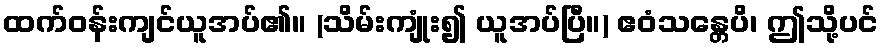
ထက်ဝန်းကျင်ယူအပ်၏။ (သိမ်းကျုံး၍ ယူအပ်ပြီ။) ဧဝံသန္တေပိ၊ ဤသို့ပင်